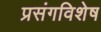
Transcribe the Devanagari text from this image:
प्रसंगविशेष